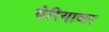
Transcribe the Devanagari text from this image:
घेरियावर